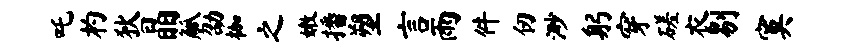
吒杓狄晶觚劭枷之嫩播塑言雨件仞渺躬穿磋衣剔寞